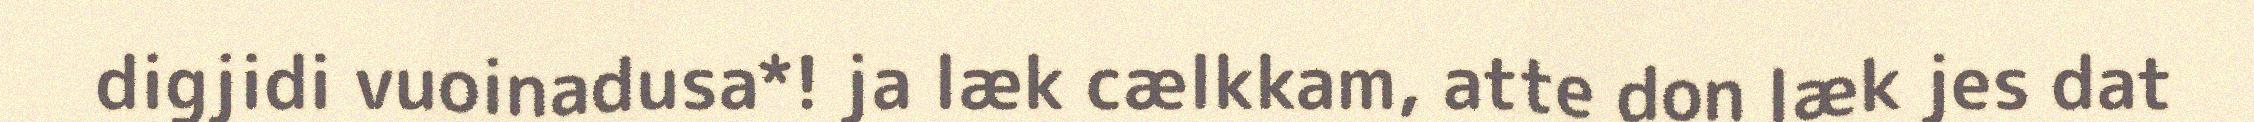
digjidi vuoinadusa*! ja læk cælkkam, atte don læk jes dat